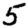
Digit: 5